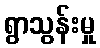
ရွာသွန်းမှု